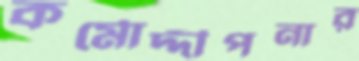
কর্মোদ্দীপনার